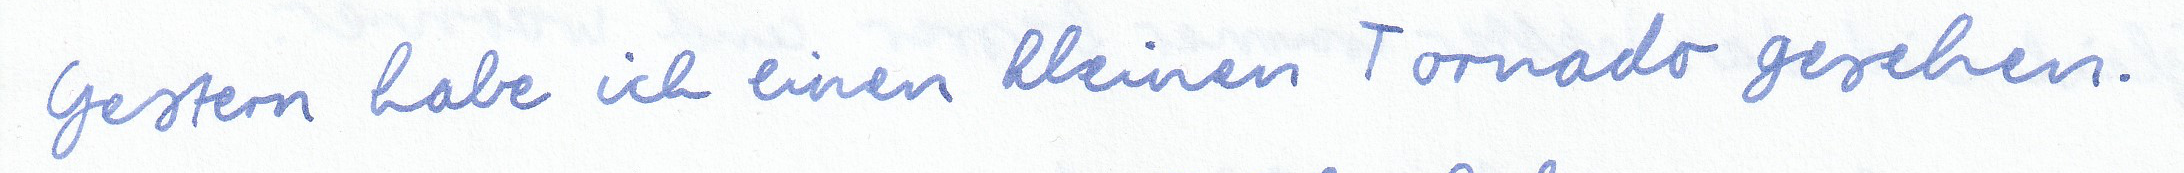
Gestern habe ich einen kleinen Tornado gesehen.